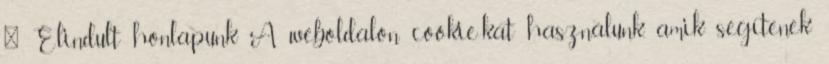
← Elindult honlapunk A weboldalon cookie-kat használunk, amik segítenek